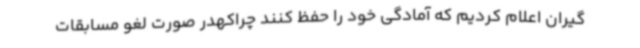
گیران اعلام کردیم که آمادگی خود را حفظ کنند چراکهدر صورت لغو مسابقات